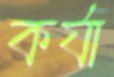
কর্যা